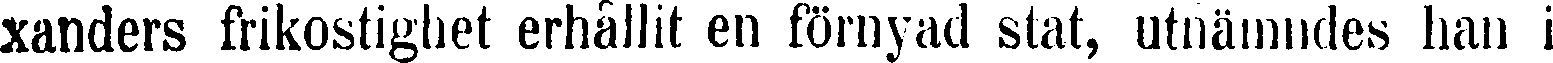
xanders frikostighet erhållit en förnyad stat, utnämndes han i